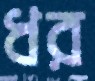
ধর